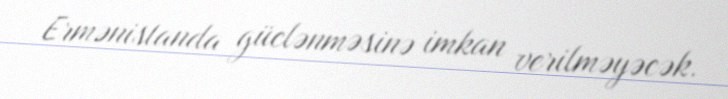
Ermənistanda güclənməsinə imkan verilməyəcək.